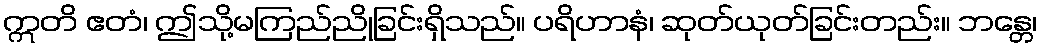
ဣတိ ဧတံ၊ ဤသို့မကြည်ညိုခြင်းရှိသည်။ ပရိဟာနံ၊ ဆုတ်ယုတ်ခြင်းတည်း။ ဘန္တေ၊